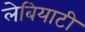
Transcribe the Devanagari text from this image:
लेबियाटी